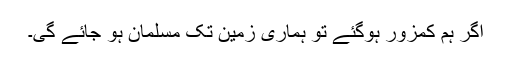
اگر ہم کمزور ہوگئے تو ہماری زمین تک مسلمان ہو جائے گی۔